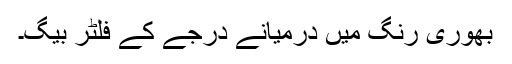
بھوری رنگ میں درمیانے درجے کے فلٹر بیگ۔